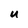
Character: u